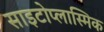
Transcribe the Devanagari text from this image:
साइटोप्लास्मिक